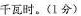
千瓦时。(1分)